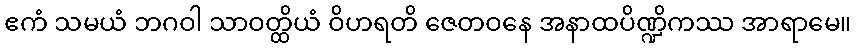
ဧကံ သမယံ ဘဂဝါ သာဝတ္ထိယံ ဝိဟရတိ ဇေတဝနေ အနာထပိဏ္ဍိကဿ အာရာမေ။